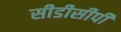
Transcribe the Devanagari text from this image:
सीडीसीपी